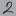
Text: 2